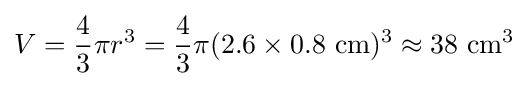
V={\frac {4}{3}}\pi r^{3}={\frac {4}{3}}\pi (2.6\times 0.8\ \mathrm {cm} )^{3}\approx 38\ \mathrm {cm^{3}}